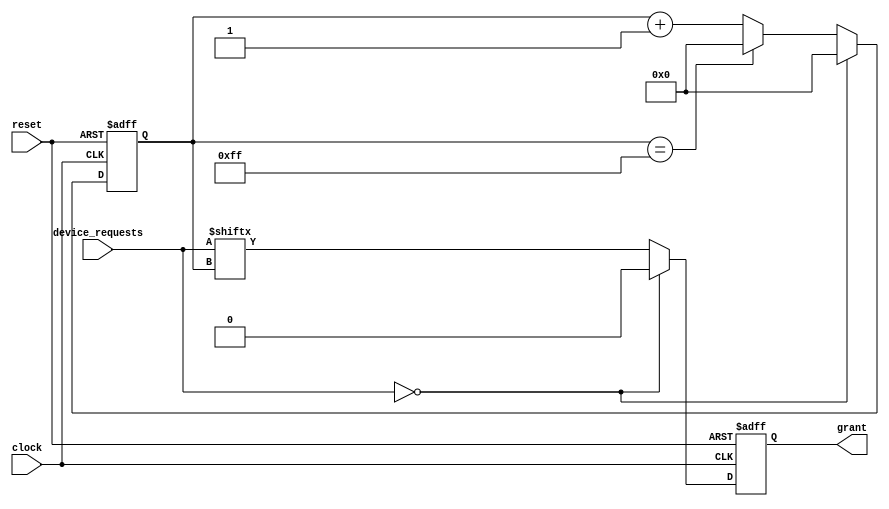
module SerialArbiter (
  input wire clock,
  input wire reset,
  input wire [7:0] device_requests,
  output reg grant
);

reg [7:0] grant_count;

always @(posedge clock or posedge reset) begin
  if (reset) begin
    grant_count <= 8'b00000000;
    grant <= 1'b0;
  end else begin
    if (device_requests == 8'b00000000) begin
      grant_count <= 8'b00000000; // No devices requesting access
      grant <= 1'b0; // Do not grant access
    end else begin
      if (grant_count == 8'b11111111) begin
        grant_count <= 8'b00000000; // Reset count
      end else begin
        grant_count <= grant_count + 1; // Increment count
      end
      
      grant <= device_requests[grant_count]; // Grant access to device
    end
  end
end

endmodule